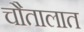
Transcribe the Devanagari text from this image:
चौतालात